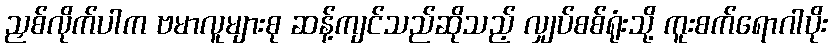
ညှစ်လိုက်ပါက ဗမာလူများစု ဆန့်ကျင်သည်ဆိုသည့် လျှပ်စစ်ရုံးသို့ ကူးစက်ရောဂါပိုး